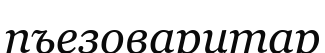
пъезоварцтар